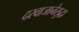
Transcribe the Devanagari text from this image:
दरवाजानेसुद्धा